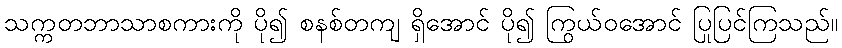
သက္ကတဘာသာစကားကို ပို၍ စနစ်တကျ ရှိအောင် ပို၍ ကြွယ်ဝအောင် ပြုပြင်ကြသည်။